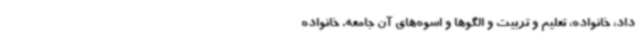
داد، خانواده، تعلیم و تربیت و الگوها و اسوه‌های آن جامعه. خانواده